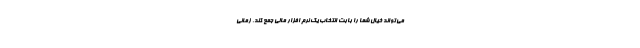
می‌تواند خیال شما را بابت انتخاب یک نرم افزار مالی جمع کند. زمانی